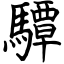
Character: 驔